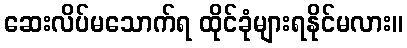
ဆေးလိပ်မသောက်ရ ထိုင်ခုံများရနိုင်မလား။